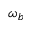
\omega _ { b }